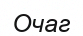
Очаг